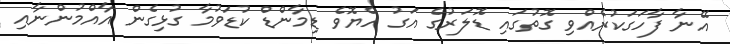
އޭނާ ފާހަގަކުރެއްވި ގޮތުގައި ޑޮލަރުގެ އަގު ހެޔޮވެ ޑިމާންޑް ކުޑަވުމާ ގުޅިގެން އާއްމުންނާއި